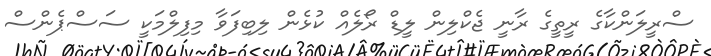
ސްރީލަންކާގެ ރީތީގެ ރާނީ ޖެކްލިން ލީޑް ރޯލެއް ކުޅެން ލިބިފަވާ މިފިލްމަކީ ސަސްޕެންސް